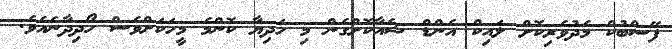
ފޭސްބުކް މެދުވެރިކޮށް ލައިކް އެންޑް ޝެއާކޮށްގެން މި ހަދިޔާ ކޮންމެ މީހަަކަށްވެސް ހޯދިދާނެއެވެ.